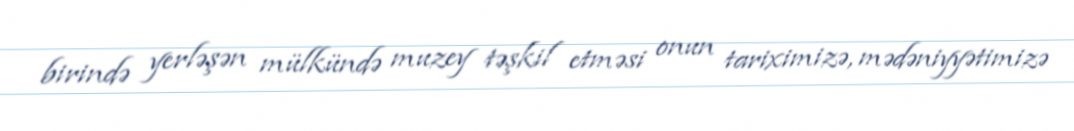
birində yerləşən mülkündə muzey təşkil etməsi onun tariximizə, mədəniyyətimizə